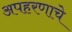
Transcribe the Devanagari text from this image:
अपहरणाचे